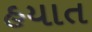
હયાત